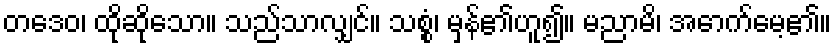
တဒေဝ၊ ထိုဆိုသော။ သည်သာလျှင်။ သစ္စံ၊ မှန်၏ဟူ၍။ မညာမိ၊ အောက်မေ့၏။